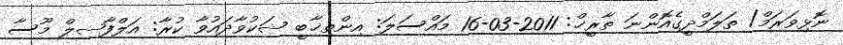
ނޮޅިވަރަމް/ ތަލަމްދީގެއޮންނަ ތާރީޚް: 2011-03-16 މައްސަލަ: އިންތިޚާބީ ޝަކުވާދައުވާ ކުރާ: އަލްފާޟިލް މޫސާ